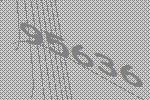
95636